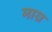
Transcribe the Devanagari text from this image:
माग्र